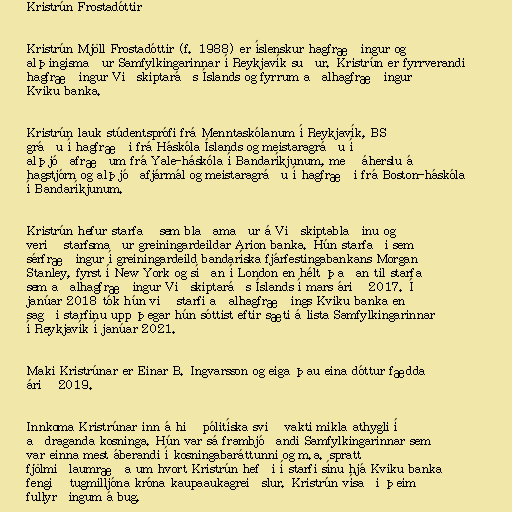
Kristrún Frostadóttir

Kristrún Mjöll Frostadóttir (f. 1988) er íslenskur hagfræðingur og
alþingismaður Samfylkingarinnar í Reykjavík suður. Kristrún er fyrrverandi
hagfræðingur Viðskiptaráðs Íslands og fyrrum aðalhagfræðingur
Kviku banka.

Kristrún lauk stúdentsprófi frá Menntaskólanum í Reykjavík, BS
gráðu í hagfræði frá Háskóla Íslands og meistaragráðu í
alþjóðafræðum frá Yale-háskóla í Bandaríkjunum, með áherslu á
hagstjórn og alþjóðafjármál og meistaragráðu í hagfræði frá Boston-háskóla
í Bandaríkjunum.

Kristrún hefur starfað sem blaðamaður á Viðskiptablaðinu og
verið starfsmaður greiningardeildar Arion banka. Hún starfaði sem
sérfræðingur í greiningardeild bandaríska fjárfestingabankans Morgan
Stanley, fyrst í New York og síðan í London en hélt þaðan til starfa
sem aðalhagfræðingur Viðskiptaráðs Íslands í mars árið 2017. Í
janúar 2018 tók hún við starfi aðalhagfræðings Kviku banka en
sagði starfinu upp þegar hún sóttist eftir sæti á lista Samfylkingarinnar
í Reykjavík í janúar 2021.

Maki Kristrúnar er Einar B. Ingvarsson og eiga þau eina dóttur fædda
árið 2019.

Innkoma Kristrúnar inn á hið pólitíska svið vakti mikla athygli í
aðdraganda kosninga. Hún var sá frambjóðandi Samfylkingarinnar sem
var einna mest áberandi í kosningabaráttunni og m.a. spratt
fjölmiðlaumræða um hvort Kristrún hefði í starfi sínu hjá Kviku banka
fengið tugmilljóna króna kaupaaukagreiðslur. Kristrún vísaði þeim
fullyrðingum á bug.